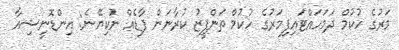
މަރުގެ ހުކުމް ދަމަހައްޓައިފިމަރުގެ ހުކުމް ތަންފީޒު ކުރާނަން ފާޑެއް ނުކިޔޭނެ: އިންޑޮނީޝިއާ